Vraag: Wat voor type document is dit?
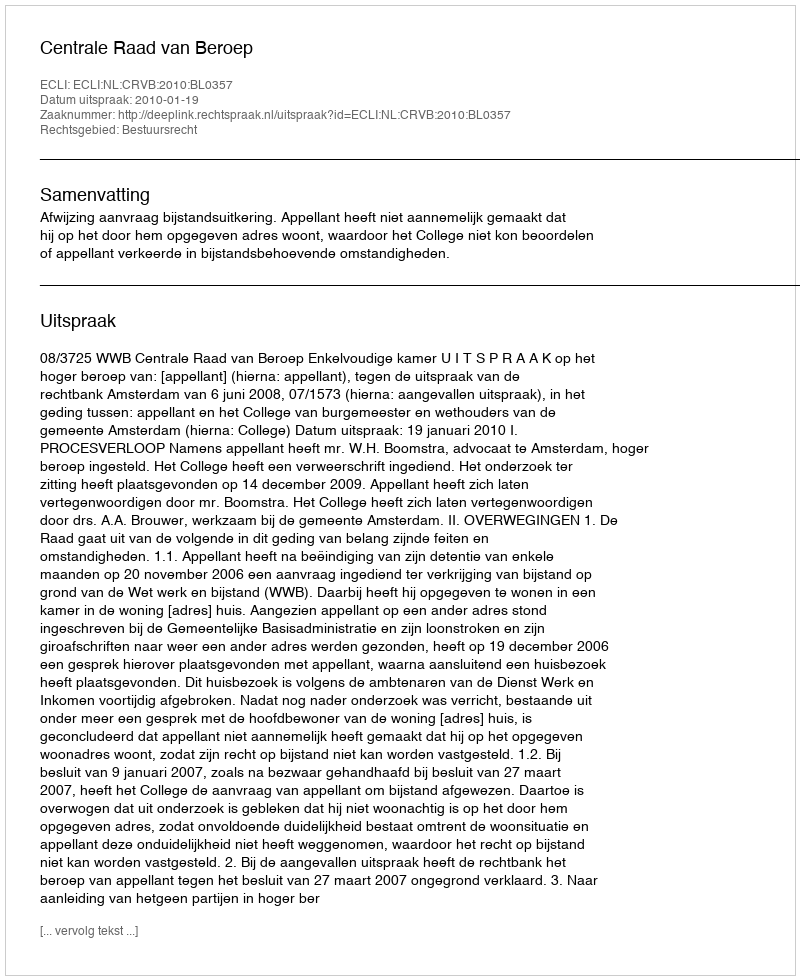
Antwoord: Uitspraak